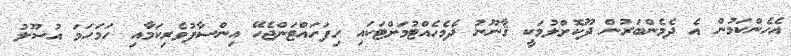
އެހެންކަމުން އެ ދެމެންބަރުން ދޫކޮށްލުމަކީ ޤާނޫނު ދެމެހެއްޓުމަށްޓަކައި ހިފަހައްޓަންޖެހޭ އިންސާފުވެރިކަމާއި ހަމަހަމަ އުސޫލު